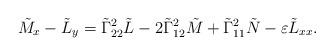
LaTeX: \begin{align*}\tilde{M}_x-\tilde{L}_y=\tilde{\Gamma}^2_{22}\tilde{L}-2\tilde{\Gamma}^2_{12}\tilde{M}+\tilde{\Gamma}^2_{11}\tilde{N}-\varepsilon\tilde{L}_{xx}.\end{align*}